Indian journal of veterinary science and animal husbandry - Volumes 24-25, 1954-1955
Year: 1954
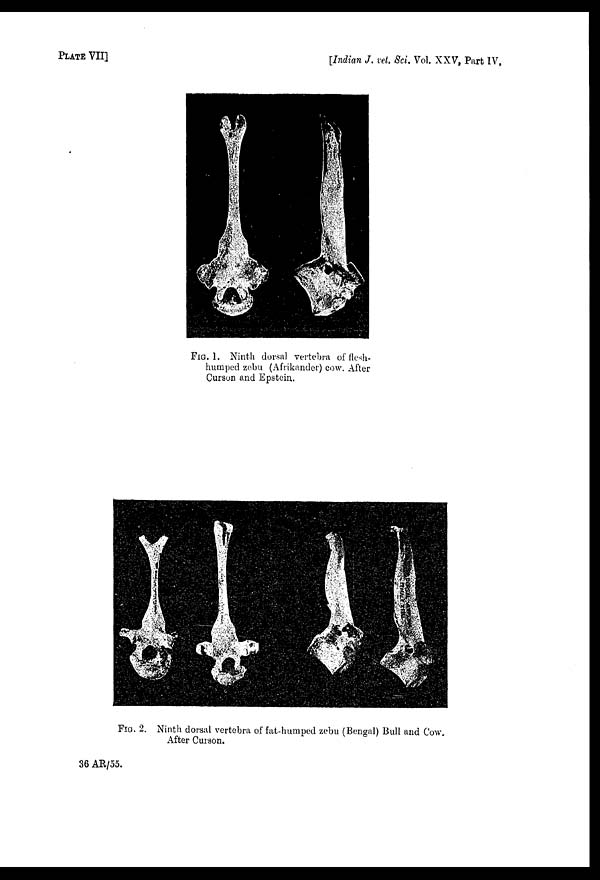
PLATE VII]
[Indian J. vet. Sci. Vol. XXV, Part IV,
FIG. 1. Ninth dorsal vertebra of flesh-
humped zebu (Afrikander) cow. After
Curson and Epstein.
FIG. 2. Ninth dorsal vertebra of fat-humped zebu (Bengal) Bull and Cow.
After Curson.
36 AR/55.